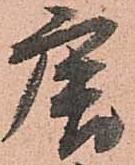
唐